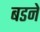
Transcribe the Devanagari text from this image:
बडने